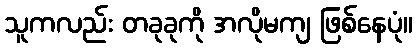
သူကလည်း တခုခုကို အလိုမကျ ဖြစ်နေပုံ။